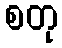
စတု